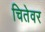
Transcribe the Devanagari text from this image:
चितेवर